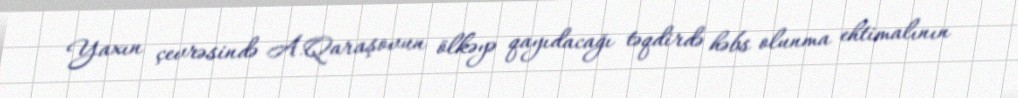
Yaxın çevrəsində A.Qaraşovun ölkəyə qayıdacağı təqdirdə həbs olunma ehtimalının